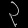
Digit: ၃